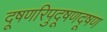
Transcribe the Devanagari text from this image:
दूषणरिपुदूषणदूषण